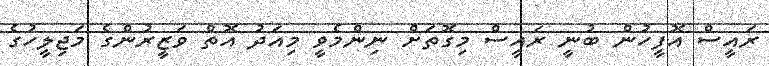
ރައީސް އޮފީހުން ބުނީ ރައީސް މިގޮތަށް ނިންމެވީ މިއަދު އޮތް ވަޒީރުންގެ މަޖިލީހުގެ